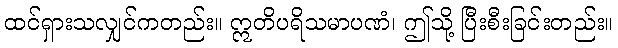
ထင်ရှားသလျှင်ကတည်း။ ဣတိပရိသမာပဏံ၊ ဤသို့ ပြီးစီးခြင်းတည်း။